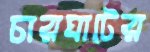
চারঘাটের